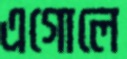
এগোলে